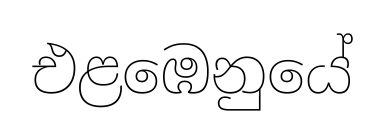
එළඹෙනුයේ